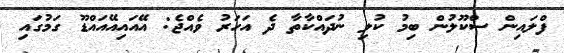
ފްލައިން ސްކޫލުން ބިމު ކުލި ނުދައްކާތާ ދެ އަހަރު ވެއްޖެ: އޭއައިއޭއައްޑޫ ގަމުގައި